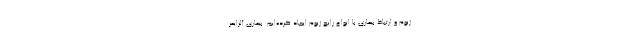
ژنوم و ارتباط بیماری با انواع رایج ژنوم ایجاد کرده‌ایم. بیماری آلزایمر